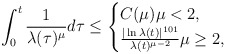
\begin{align*}\int_{0}^{t}\frac{1}{\lambda(\tau)^{\mu}}d\tau\leq \begin{cases}C(\mu) \mu<2,\\\frac{|\ln \lambda(t)|^{101}}{\lambda(t)^{\mu-2}} \mu\geq 2,\end{cases}\end{align*}